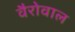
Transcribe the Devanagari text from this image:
वैरोवाल